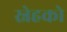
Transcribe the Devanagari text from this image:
स्नेहको